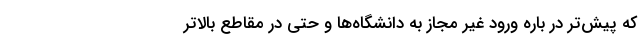
که پیش‌تر در باره ورود غیر مجاز به دانشگاه‌ها و حتی در مقاطع بالاتر